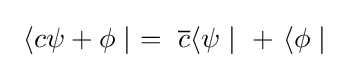
~\langle c\psi +\phi \mid ~=~{\overline {c}}\langle \psi \mid ~+~\langle \phi \mid ~